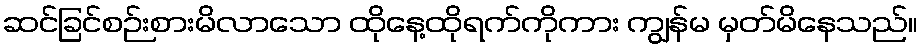
ဆင်ခြင်စဉ်းစားမိလာသော ထိုနေ့ထိုရက်ကိုကား ကျွန်မ မှတ်မိနေသည်။